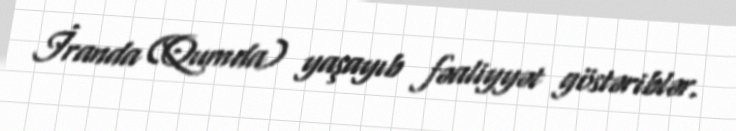
İranda (Qumda) yaşayıb fəaliyyət göstəriblər.